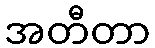
အတီတာ